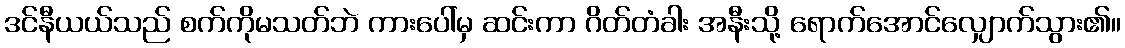
ဒင်နီယယ်သည် စက်ကိုမသတ်ဘဲ ကားပေါ်မှ ဆင်းကာ ဂိတ်တံခါး အနီးသို့ ရောက်အောင်လျှောက်သွား၏။